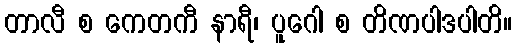
တာလီ စ ကေတကီ နာရီ၊ ပူဂေါ စ တိဏပါဒပါတိ။